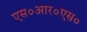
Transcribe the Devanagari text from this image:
एस०आर०एस०